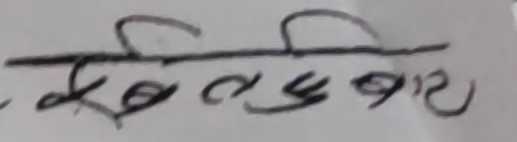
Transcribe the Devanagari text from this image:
सेखुलेबार